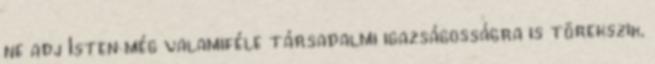
ne adj Isten még valamiféle társadalmi igazságosságra is törekszik,